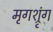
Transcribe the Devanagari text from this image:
मृगश्रृंग